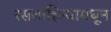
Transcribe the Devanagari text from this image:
रसवाहिन्यामधून